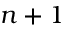
n + 1